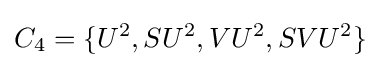
C_{4}=\{U^{2},SU^{2},VU^{2},SVU^{2}\}